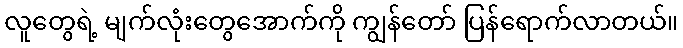
လူတွေရဲ့ မျက်လုံးတွေအောက်ကို ကျွန်တော် ပြန်ရောက်လာတယ်။